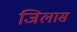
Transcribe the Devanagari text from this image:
जिलास